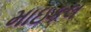
માઇકલ